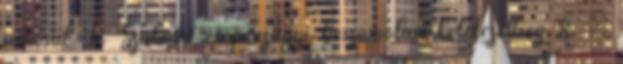
minősül. 6. Szakmai és pénzügyi beszámolási kötelezettség 8. §